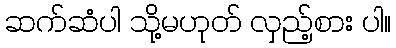
ဆက်ဆံပါ သို့မဟုတ် လှည့်စား ပါ။